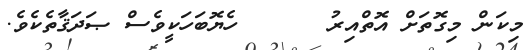
މިކަން މިގޮތަށް އޮތްއިރު      ހެޔޮބަހަކީވެސް ޞަދަޤާތެކެވެ.